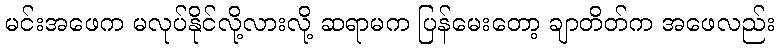
မင်းအဖေက မလုပ်နိုင်လို့လားလို့ ဆရာမက ပြန်မေးတော့ ချာတိတ်က အဖေလည်း